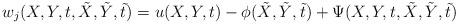
LaTeX: \begin{align*} w_j(X,Y,t,\tilde X, \tilde Y, \tilde t) = u(X,Y,t) - \phi(\tilde X, \tilde Y, \tilde t) + \Psi(X,Y,t,\tilde X, \tilde Y, \tilde t)\end{align*}